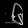
Digit: ၆